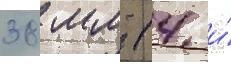
38 мм (4 и́